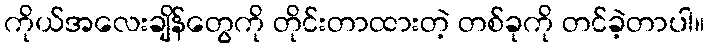
ကိုယ်အလေးချိန်တွေကို တိုင်းတာထားတဲ့ တစ်ခုကို တင်ခဲ့တာပါ။